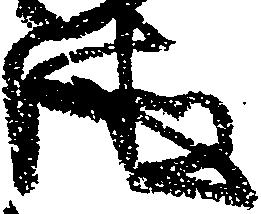
徳